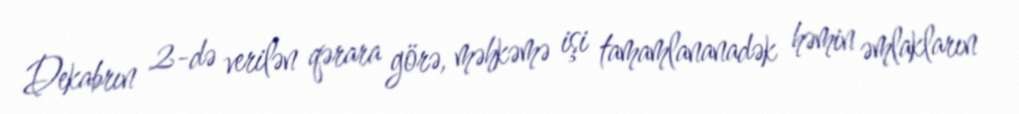
Dekabrın 2-də verilən qərara görə, məhkəmə işi tamamlananadək həmin əmlakların